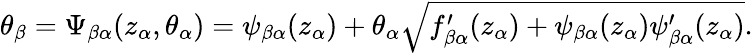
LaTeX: \theta_{\beta}=\Psi_{\beta\alpha}(z_{\alpha},\theta_{\alpha})=\psi_{\beta\alpha}(z_{\alpha})+\theta_{\alpha}\sqrt{f_{\beta\alpha}^{\prime}(z_{\alpha})+\psi_{\beta\alpha}(z_{\alpha})\psi_{\beta\alpha}^{\prime}(z_{\alpha})}.